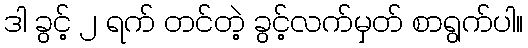
ဒါ ခွင့် ၂ ရက် တင်တဲ့ ခွင့်လက်မှတ် စာရွက်ပါ။